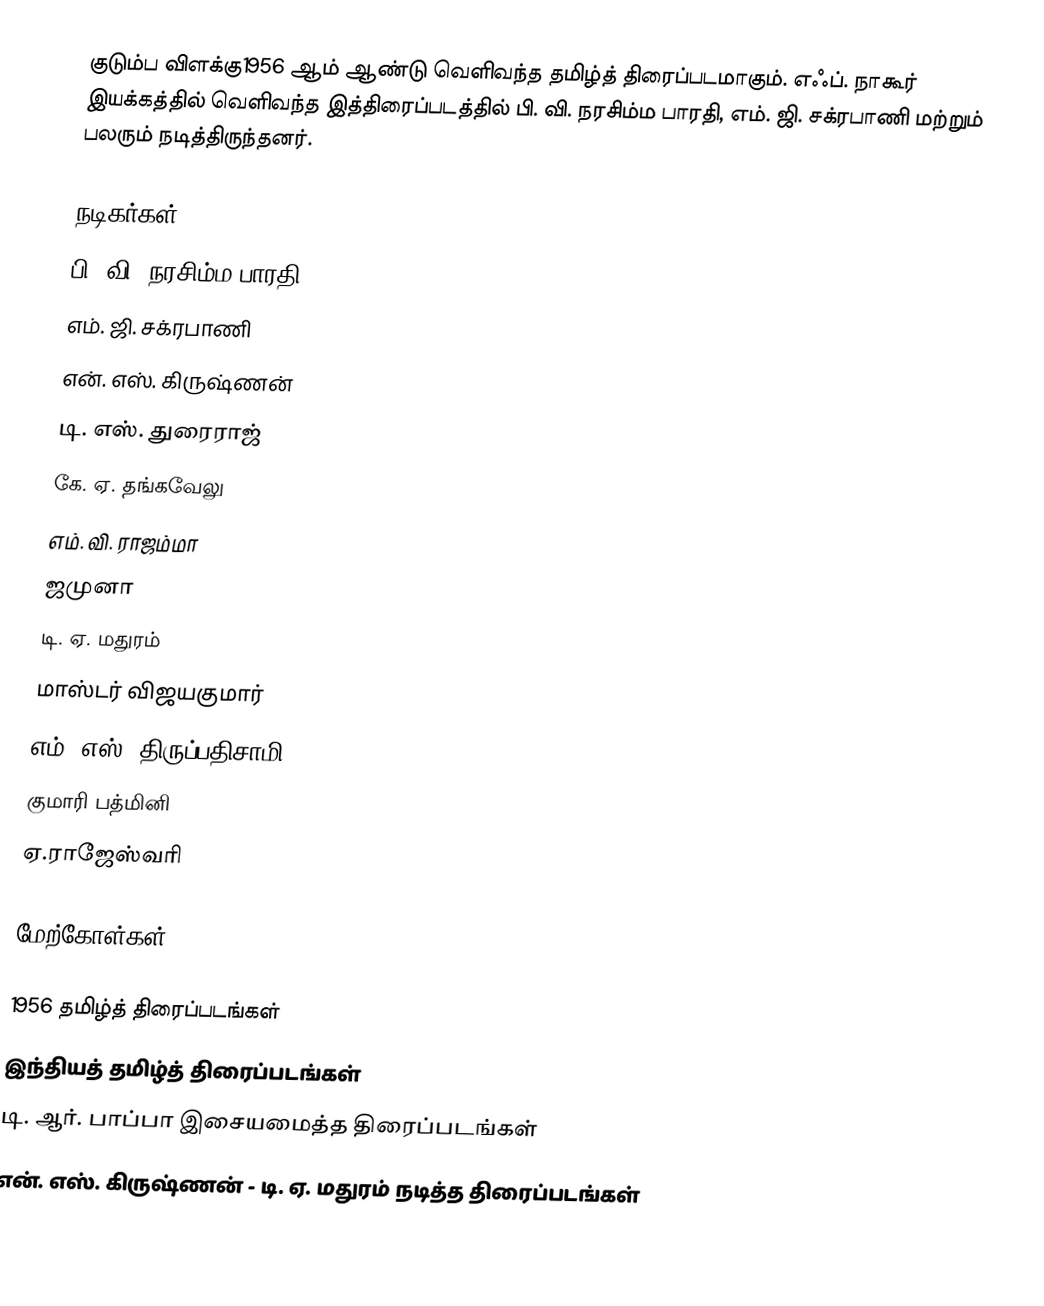
குடும்ப விளக்கு1956 ஆம் ஆண்டு வெளிவந்த தமிழ்த் திரைப்படமாகும். எஃப். நாகூர் இயக்கத்தில் வெளிவந்த இத்திரைப்படத்தில் பி. வி. நரசிம்ம பாரதி, எம். ஜி. சக்ரபாணி மற்றும் பலரும் நடித்திருந்தனர்.

நடிகர்கள்
 பி. வி. நரசிம்ம பாரதி
 எம். ஜி. சக்ரபாணி
 என். எஸ். கிருஷ்ணன்
 டி. எஸ். துரைராஜ்
 கே. ஏ. தங்கவேலு
 எம். வி. ராஜம்மா
 ஜமுனா
 டி. ஏ. மதுரம்
 மாஸ்டர் விஜயகுமார்
 எம். எஸ். திருப்பதிசாமி
 குமாரி பத்மினி
 ஏ.ராஜேஸ்வரி

மேற்கோள்கள்

1956 தமிழ்த் திரைப்படங்கள்
இந்தியத் தமிழ்த் திரைப்படங்கள்
டி. ஆர். பாப்பா இசையமைத்த திரைப்படங்கள்
என். எஸ். கிருஷ்ணன் - டி. ஏ. மதுரம் நடித்த திரைப்படங்கள்